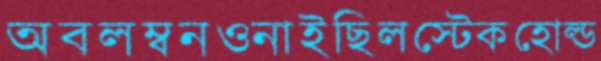
অবলম্বনওনাইছিলস্টেকহোল্ড